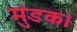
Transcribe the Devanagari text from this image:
मुंडक।